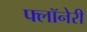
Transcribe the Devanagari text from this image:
फ्लॉनेरी